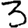
Digit: 3